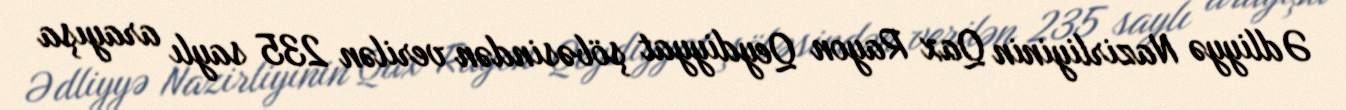
Ədliyyə Nazirliyinin Qax Rayon Qeydiyyat şöbəsindən verilən 235 saylı arayışa